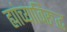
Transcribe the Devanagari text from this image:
ह्यांच्याविरुद्ध